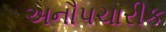
અનૌપચારીક